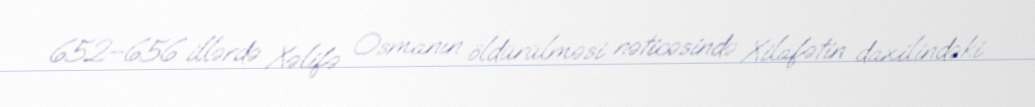
652–656 illərdə Xəlifə Osmanın öldürülməsi nəticəsində Xilafətin daxilindəki